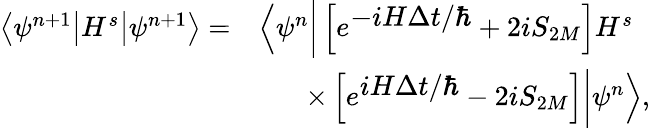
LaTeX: \begin{array}{ll}{\left\langle\psi^{n+1}\big|H^{s}\big|\psi^{n+1}\right\rangle=}&{\left\langle\psi^{n}\bigg|\left[e^{\textstyle-iH\Delta t/\hbar}+2iS_{2M}\right]H^{s}\right.}\\ &{~~~~~~\left.\times\left[e^{\textstyle iH\Delta t/\hbar}-2iS_{2M}\right]\bigg|\psi^{n}\right\rangle,}\end{array}